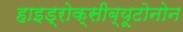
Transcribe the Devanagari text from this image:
हाइड्रोक्सीब्यूटोनोन